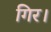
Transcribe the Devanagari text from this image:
गिर।